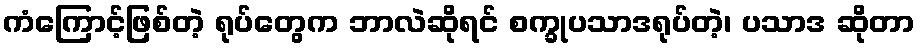
ကံကြောင့်ဖြစ်တဲ့ ရုပ်တွေက ဘာလဲဆိုရင် စက္ခုပသာဒရုပ်တဲ့၊ ပသာဒ ဆိုတာ